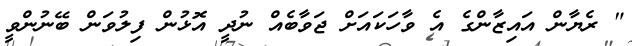
" ރެޔާން އައިޒާންގެ އެ ވާހަކައަށް ޖަވާބެއް ނުދީ އޮޅުން ފިލުވަން ބޭނުންވީ